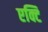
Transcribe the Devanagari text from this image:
एक्टि